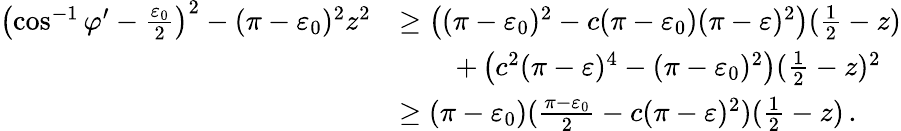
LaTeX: \begin{array}{rl}{\left(\cos^{-1}\varphi^{\prime}-\frac{\varepsilon_{0}}{2}\right)^{2}-(\pi-\varepsilon_{0})^{2}z^{2}}&{\geq\left((\pi-\varepsilon_{0})^{2}-c(\pi-\varepsilon_{0})(\pi-\varepsilon)^{2}\right)(\frac{1}{2}-z)}\\ &{\qquad+\left(c^{2}(\pi-\varepsilon)^{4}-(\pi-\varepsilon_{0})^{2}\right)(\frac{1}{2}-z)^{2}}\\ &{\geq(\pi-\varepsilon_{0})(\frac{\pi-\varepsilon_{0}}{2}-c(\pi-\varepsilon)^{2})(\frac{1}{2}-z)\, .}\end{array}